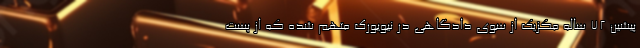
پیشین ۷۲ ساله مکزیک از سوی دادگاهی در نیویورک متهم شده که از پست